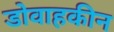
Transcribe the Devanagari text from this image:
डोवाहकीन